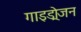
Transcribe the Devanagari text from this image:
गाइड्रोजन